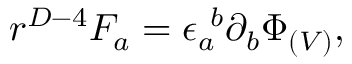
r ^ { D - 4 } F _ { a } = \epsilon _ { a } ^ { \ b } \partial _ { b } \Phi _ { ( V ) } ,